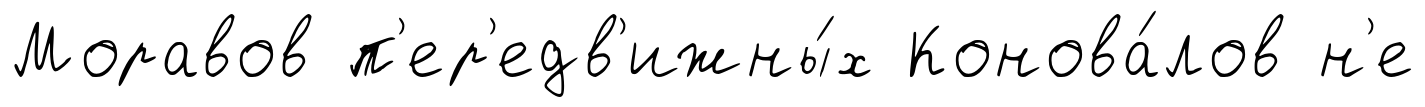
Моравов п'ер'едв'ижны́х Конова́лов н'е